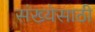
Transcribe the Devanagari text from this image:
संख्‍येसाठी